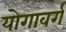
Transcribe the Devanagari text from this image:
योगावर्ग